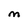
Character: m